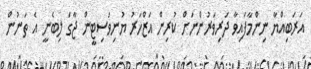
އަރަބިއްޔާ ނިންމާފައިވާ ދަރިވަރުންނަށް ކުރިން އަޒްހަރު ޔުނިވަސިޓީން ޖާގަ ލިބެނީ އެ ތަނުން